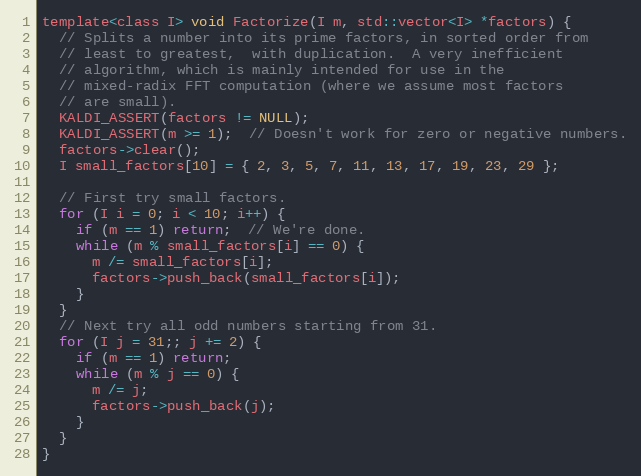
Language: C
template<class I> void Factorize(I m, std::vector<I> *factors) {
  // Splits a number into its prime factors, in sorted order from
  // least to greatest,  with duplication.  A very inefficient
  // algorithm, which is mainly intended for use in the
  // mixed-radix FFT computation (where we assume most factors
  // are small).
  KALDI_ASSERT(factors != NULL);
  KALDI_ASSERT(m >= 1);  // Doesn't work for zero or negative numbers.
  factors->clear();
  I small_factors[10] = { 2, 3, 5, 7, 11, 13, 17, 19, 23, 29 };

  // First try small factors.
  for (I i = 0; i < 10; i++) {
    if (m == 1) return;  // We're done.
    while (m % small_factors[i] == 0) {
      m /= small_factors[i];
      factors->push_back(small_factors[i]);
    }
  }
  // Next try all odd numbers starting from 31.
  for (I j = 31;; j += 2) {
    if (m == 1) return;
    while (m % j == 0) {
      m /= j;
      factors->push_back(j);
    }
  }
}